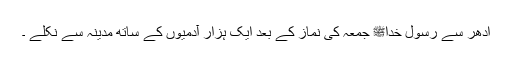
ادھر سے رسول خداﷺ جمعہ کی نماز کے بعد ایک ہزار آدمیوں کے ساتھ مدینہ سے نکلے ۔